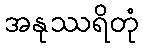
အနုဿရိတုံ